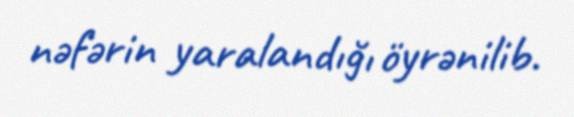
nəfərin yaralandığı öyrənilib.